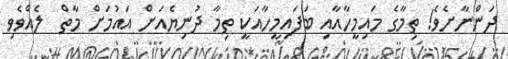
ދަންނާށެވެ! ތިމާގެ މައިމީހާއާއި ބަފައިމީހާއަކީ ތިމާ ދުނިޔެއަށް އައުމަށް މާތް  ލެއްވެވި